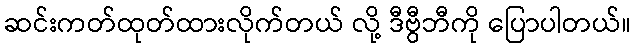
ဆင်းကတ်ထုတ်ထားလိုက်တယ် လို့ ဒီဗွီဘီကို ပြောပါတယ်။